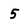
Character: 5